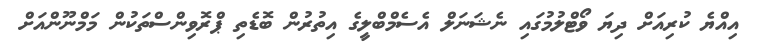
އިއްޔެ ކުރިއަށް ދިޔަ ވޯޓްލުމުގައި ނެޝަނަލް އެސެމްބްލީގެ އިތުރުން ބޮޑެތި ޕްރޮވިންސްތަކުން މަމްނޫންއަށް